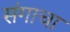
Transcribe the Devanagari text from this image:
संगाचा